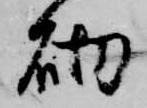
砌